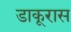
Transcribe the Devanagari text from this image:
डाकूरास